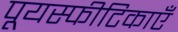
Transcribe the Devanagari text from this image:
पूयस्फीटिकाएँ